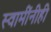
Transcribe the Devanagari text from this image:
स्वामींनीही